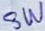
Text: SW